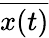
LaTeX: \overline{{x(t)}}